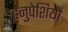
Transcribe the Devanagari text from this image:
हनुपेशियों